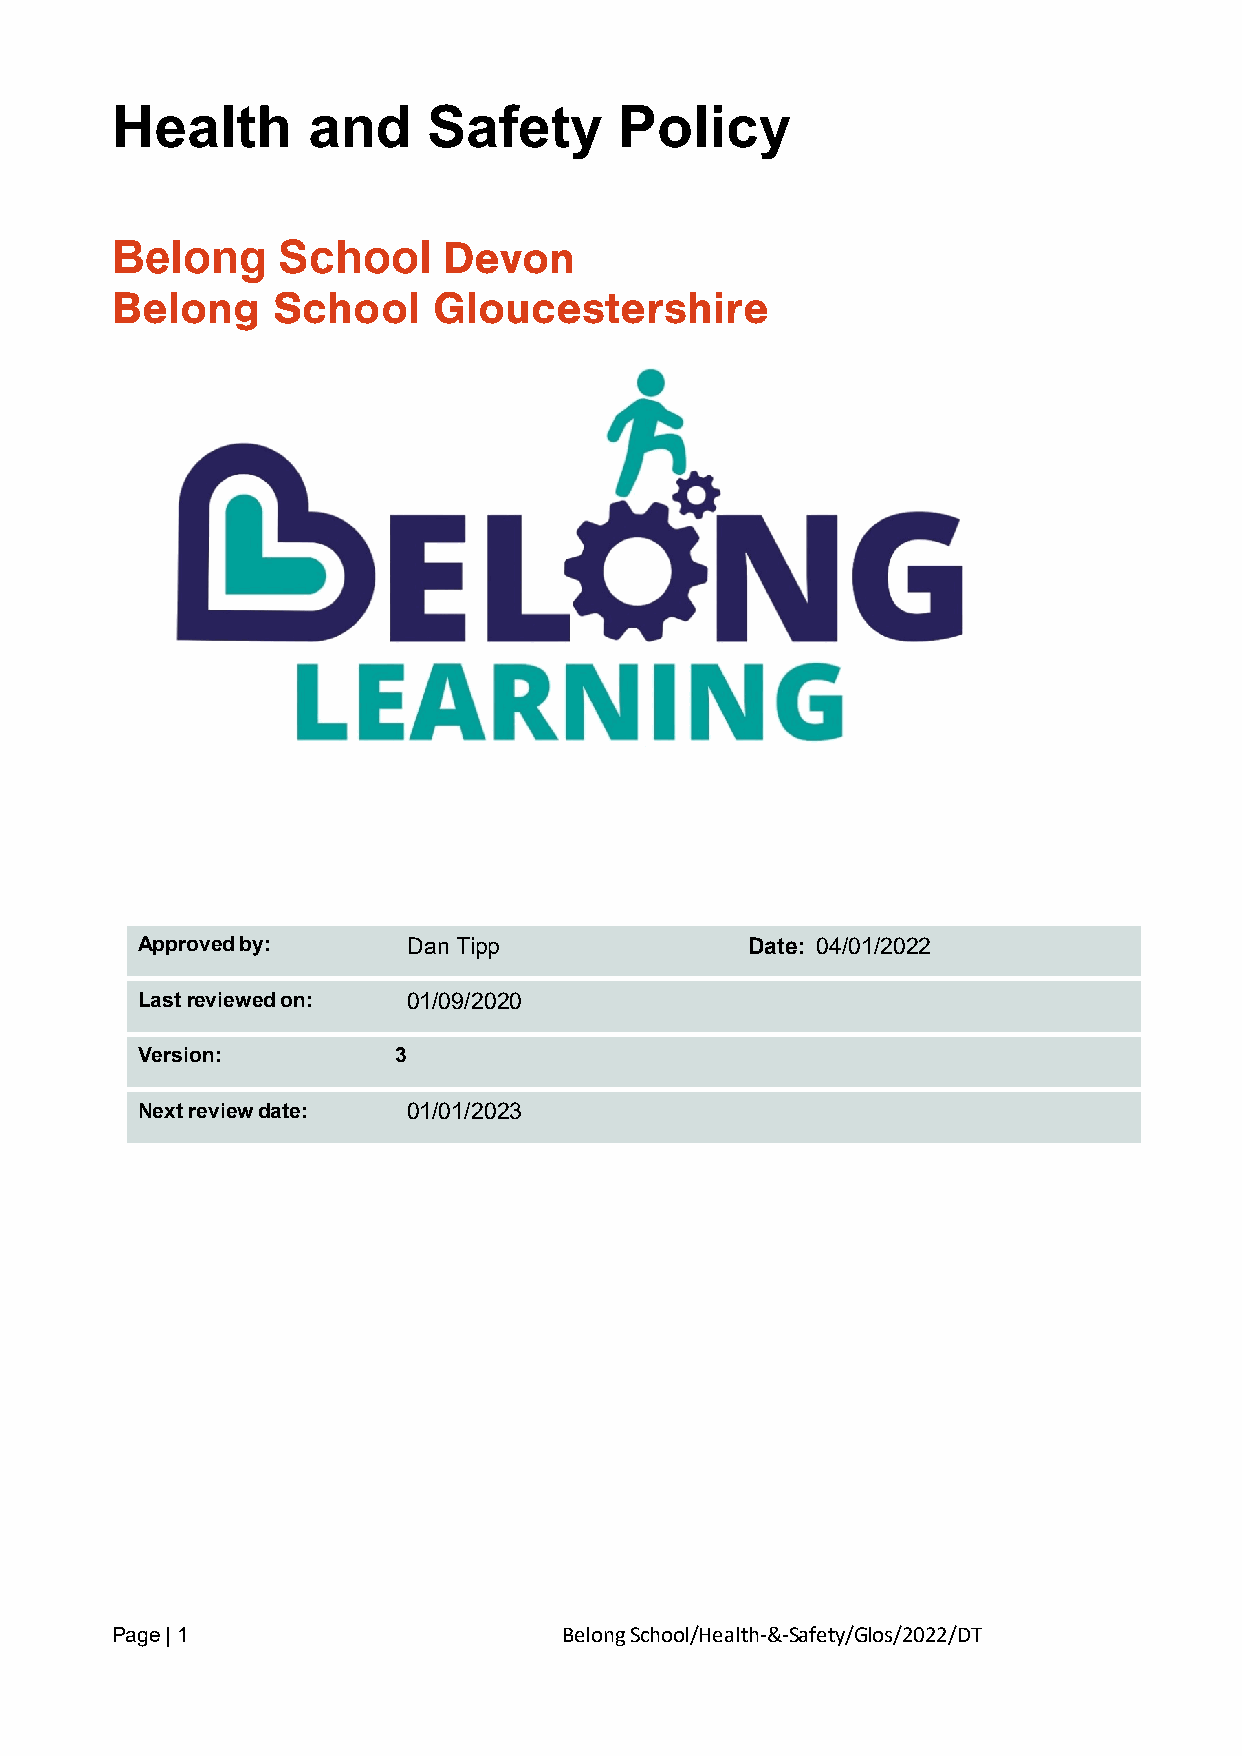
Health       and     Safety       Policy
 Belong     School     Devon
 Belong School Gloucestershire
 Approved by:      Dan Tipp              Date: 04/01/2022
 Last reviewed on: 01/09/2020
 Version:         3
 Next review date: 01/01/2023
 Page | 1                      Belong School/Health-&-Safety/Glos/2022/DT